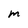
Character: M